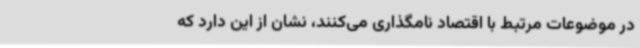
در موضوعات مرتبط با اقتصاد نامگذاری می‌کنند، نشان از این دارد که